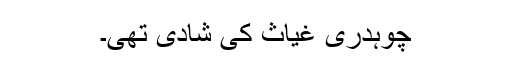
چوہدری غیاث کی شادی تھی۔